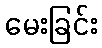
မေးခြင်း